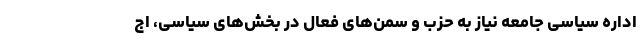
اداره سیاسی جامعه نیاز به حزب و سمن‌های فعال در بخش‌های سیاسی، اج